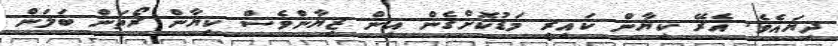
ދިޔައެވެ. އެރޭ ކިޔާން ކައިރީ މަޑުކޮށްގެން އިން ޒިޔާންވެސް ކިޔާން ރޯތަން ބަލަން